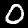
Digit: 0